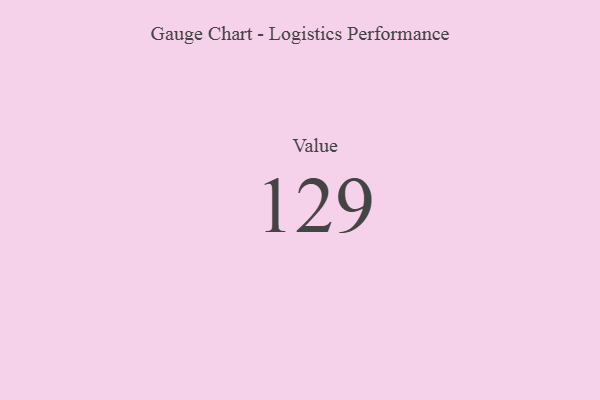
{"axis": {"x": "Metric", "y": "Value"}, "legend": [""], "data": [{"x": "Value", "y": 129, "type": ""}]}